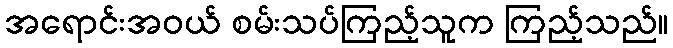
အရောင်းအဝယ် စမ်းသပ်ကြည့်သူက ကြည့်သည်။